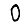
Digit: 0